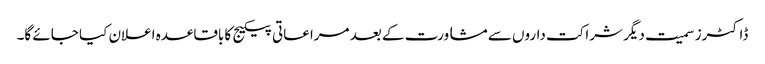
ڈاکٹرز سمیت دیگر شراکت داروں سے مشاورت کے بعد مراعاتی پیکیج کا باقاعدہ اعلان کیا جائے گا۔